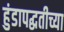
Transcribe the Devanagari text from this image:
हुंडापद्धतीच्या